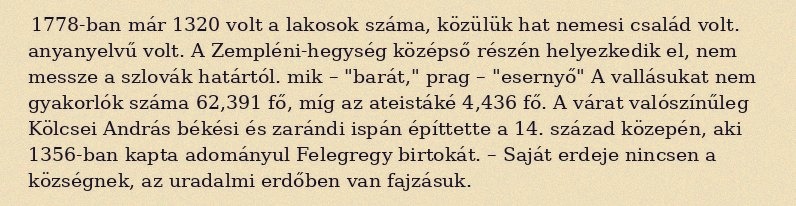
1778-ban már 1320 volt a lakosok száma, közülük hat nemesi család volt. anyanyelvű volt. A Zempléni-hegység középső részén helyezkedik el, nem messze a szlovák határtól. mik – "barát," prag – "esernyő" A vallásukat nem gyakorlók száma 62,391 fő, míg az ateistáké 4,436 fő. A várat valószínűleg Kölcsei András békési és zarándi ispán építtette a 14. század közepén, aki 1356-ban kapta adományul Felegregy birtokát. – Saját erdeje nincsen a községnek, az uradalmi erdőben van fajzásuk.